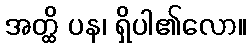
အတ္ထိ ပန၊ ရှိပါ၏လော။